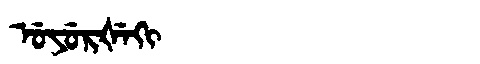
Manchu: ᡠᠶᡠᡵᡧᡝᡴᡳ
Romanization: UYURŠEKI